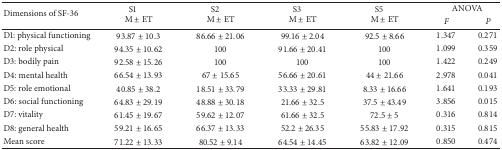
<table><thead><tr><td rowspan="2"><b>Dimensions of SF-36</b></td><td rowspan="2"><b>S1M ± ET</b></td><td rowspan="2"><b>S2M ± ET</b></td><td rowspan="2"><b>S3M ± ET</b></td><td rowspan="2"><b>S5M ± ET</b></td><td colspan="2"><b>ANOVA</b></td></tr><tr><td><b><i>F </i></b></td><td><b><i>P </i></b></td></tr></thead><tbody><tr><td>D1: physical functioning</td><td>93.87 ± 10.3</td><td>86.66 ± 21.06</td><td>99.16 ± 2.04</td><td>92.5 ± 8.66</td><td>1.347</td><td>0.271</td></tr><tr><td>D2: role physical </td><td>94.35 ± 10.62</td><td>100</td><td>91.66 ± 20.41</td><td>100</td><td>1.099</td><td>0.359</td></tr><tr><td>D3: bodily pain</td><td>92.58 ± 15.26</td><td>100</td><td>100</td><td>100</td><td>1.422</td><td>0.249</td></tr><tr><td>D4: mental health</td><td>66.54 ± 13.93</td><td>67 ± 15.65</td><td>56.66 ± 20.61</td><td>44 ± 21.66</td><td>2.978</td><td>0.041</td></tr><tr><td>D5: role emotional</td><td>40.85 ± 38.2</td><td>18.51 ± 33.79</td><td>33.33 ± 29.81</td><td>8.33 ± 16.66</td><td>1.641</td><td>0.193</td></tr><tr><td>D6: social functioning</td><td>64.83 ± 29.19</td><td>48.88 ± 30.18</td><td>21.66 ± 32.5</td><td>37.5 ± 43.49</td><td>3.856</td><td>0.015</td></tr><tr><td>D7: vitality</td><td>61.45 ± 19.67</td><td>59.62 ± 12.07</td><td>61.66 ± 32.5</td><td>72.5 ± 5</td><td>0.316</td><td>0.814</td></tr><tr><td>D8: general health</td><td>59.21 ± 16.65</td><td>66.37 ± 13.33</td><td>52.2 ± 26.35</td><td>55.83 ± 17.92</td><td>0.315</td><td>0.815</td></tr><tr><td>Mean score</td><td>71.22 ± 13.33</td><td>80.52 ± 9.14</td><td>64.54 ± 14.45</td><td>63.82 ± 12.09</td><td>0.850</td><td>0.474</td></tr></tbody></table>